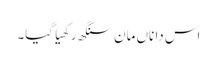
اس دا ناں مان سنگھ رکھیا گیا۔